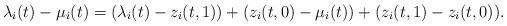
LaTeX: \begin{align*}\lambda_i (t) - \mu_i (t) &= ( \lambda_i (t) - z_i (t, 1) ) + ( z_i (t, 0) - \mu_i (t) ) + (z_i (t, 1) - z_i (t, 0) ).\end{align*}